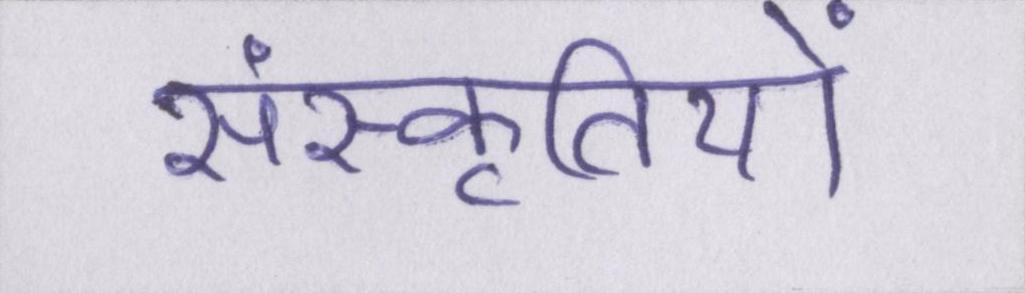
संस्कृतियों